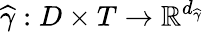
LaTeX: \widehat{\gamma}:D\times T\rightarrow\mathbb{R}^{d_{\widehat{\gamma}}}